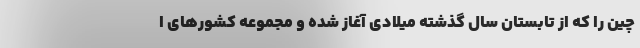
چین را که از تابستان سال گذشته میلادی آغاز شده و مجموعه کشورهای ا